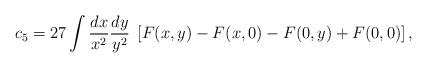
LaTeX: \begin{align*}c_5 = 27\int \frac{dx}{x^2} \frac{dy}{y^2} \;\left[ F (x, y) -F (x, 0) -F (0, y) +F (0, 0) \right],\end{align*}